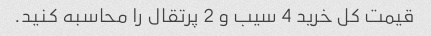
قیمت کل خرید 4 سیب و 2 پرتقال را محاسبه کنید.